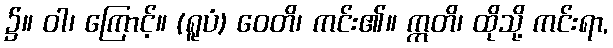
၌။ ဝါ၊ ကြောင့်။ (ရူပံ) ဝေတိ၊ ကင်း၏။ ဣတိ၊ ထိုသို့ ကင်းရာ,